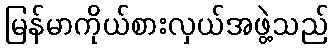
မြန်မာကိုယ်စားလှယ်အဖွဲ့သည်